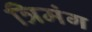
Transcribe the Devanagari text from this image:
त्रिमंग